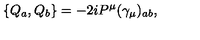
\{ Q _ { a } , Q _ { b } \} = - 2 i P ^ { \mu } ( \gamma _ { \mu } ) _ { a b } ,